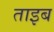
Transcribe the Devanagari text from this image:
ताइब